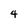
Character: 4